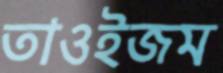
তাওইজম